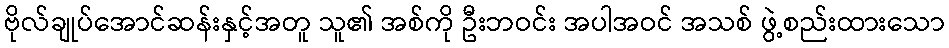
ဗိုလ်ချုပ်အောင်ဆန်းနှင့်အတူ သူ၏ အစ်ကို ဦးဘဝင်း အပါအဝင် အသစ် ဖွဲ့စည်းထားသော